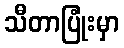
သီတာပြုံးမှာ